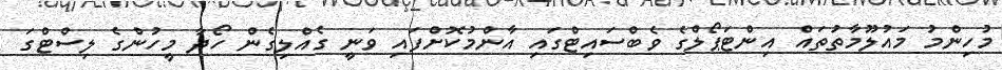
މުހިންމު މައުލޫމާތުތައް އިންޓަޕޯލްގެ ވެބްސައިޓްގައި އާންމުކޮށްފައި ވަނީ ގެއްލިގެން ހޯދާ މީހުންގެ ލިސްޓްގަ